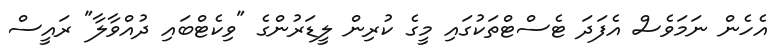
އެހެން ނަމަވެސް އެފަދަ ޓެސްޓްތަކުގައި މީގެ ކުރިން ލީޑަރުންގެ "ވިކެޓްބައި ދުއްވާލާ" ރައީސް